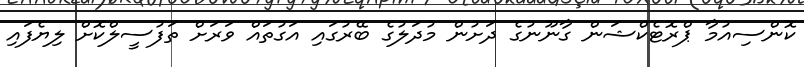
ކޮންސިއުމާ ޕްރޮޓެކްޝަން ގާނޫނުގެ ދަށުން މުދަލުގެ ބޭރުގައި އަގުތައް ވަރަށް ތަފުސީލްކޮށް ލިޔެފައި